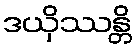
ဒယှိဿန္တိ